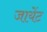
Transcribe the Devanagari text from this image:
जायेंट